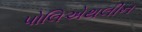
પોલિએથલીન